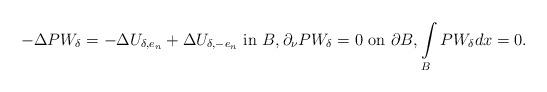
LaTeX: \begin{align*}-\Delta P W_{\delta}=-\Delta U_{\delta,e_n}+\Delta U_{\delta,-e_n}\ \hbox{in}\ {B},\partial_\nu P W_{\delta}=0\ \hbox{on}\ \partial{B}, \int\limits_{{B}} P W_{\delta}dx=0.\end{align*}